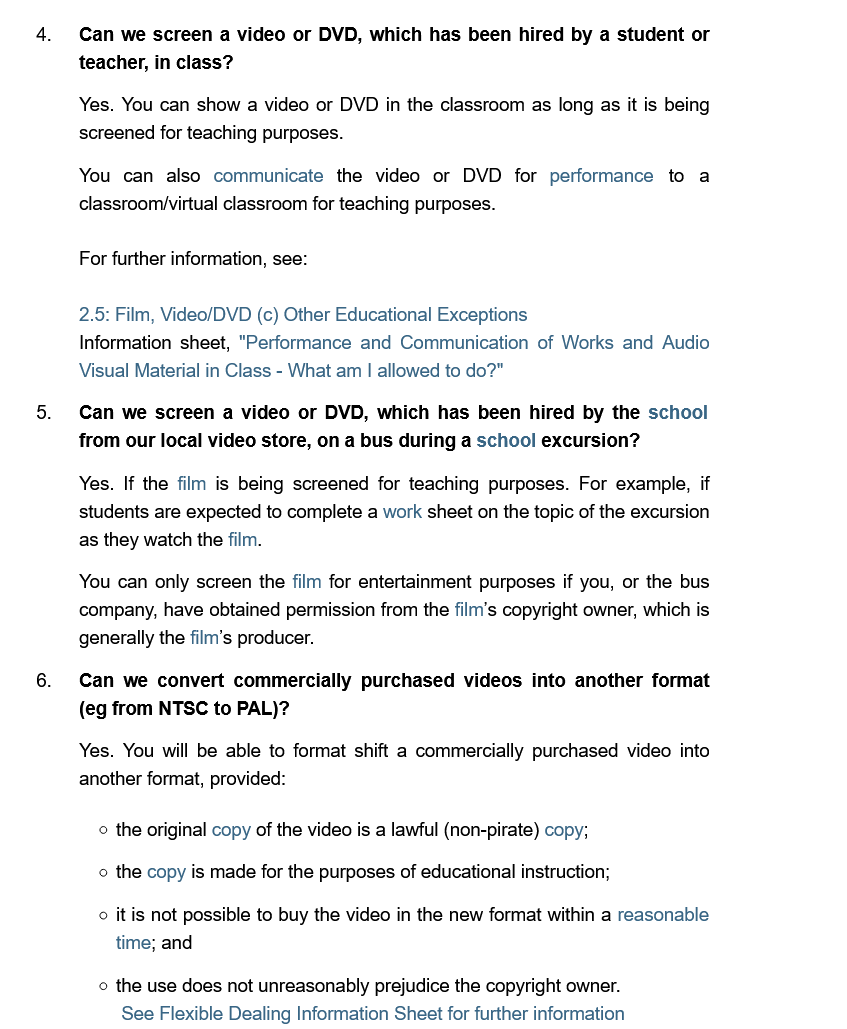
Can we screen a video or DVD, which has been hired by a student or
     teacher, in class?
     Yes. You can show
     a
     video  or DVD in the classroom as long as it is being
     screened for teaching purposes.
     You can  also communicate the video or DVD   for performance to a
     classroom/virtual classroom for teaching purposes.
     For further information, see:
     2.5: Film, Video/DVD (c) Other Educational Exceptions
     Information sheet, "Performance and Communication of Works and Audio
     Visual Material in Class
     -
     What am  | allowed to do?"
    5.   Can we  screen a video or DVD, which has been hired by the school
     from our local video store, on a bus during a school excursion?
     Yes. If the film is being screened for teaching purposes. For example, if
     students are expected to complete a work sheet on the topic of the excursion
     as they watch the film.
     You can only screen the film for entertainment purposes if you, or the bus
     company, have obtained permission from the film’s copyright owner, which is
     generally the film’s producer.
    6.   Can we  convert commercially purchased videos  into another format
     (eg from NTSC to PAL)?
     Yes. You will be able to format shift a commercially purchased video into
     another format, provided:
     o the copy is made for the purposes of educational instruction;
     © the original copy of the video is a lawful (non-pirate) copy;
     o itis not possible to buy the video in the new format within a reasonable
     time; and
     © the use does not unreasonably prejudice the copyright owner.
     See Flexible Dealing Information Sheet for further information